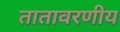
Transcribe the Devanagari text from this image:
तातावरणीय